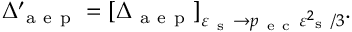
\Delta _ { \mathrm { ~ a ~ e ~ p ~ } } ^ { \prime } = [ \Delta _ { \mathrm { ~ a ~ e ~ p ~ } } ] _ { \varepsilon _ { \mathrm { ~ s ~ } } \rightarrow p _ { \mathrm { ~ e ~ c ~ } } \varepsilon _ { \mathrm { ~ s ~ } } ^ { 2 } / 3 } .